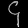
Digit: ၄